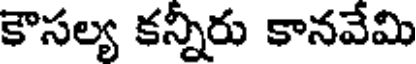
కౌసల్య కన్నీరు కానవేమి